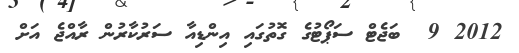
2012 9  ބަޖެޓް ސަޕޯޓުގެ ގޮތުގައި އިންޑިއާ ސަރުކާރުން ރާއްޖެ އަށް